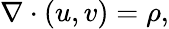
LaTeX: \nabla\cdot(u,v)=\rho,